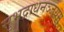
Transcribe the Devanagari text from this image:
सुभद्राधनञ्जयम्